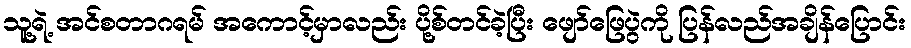
သူ့ရဲ့ အင်စတာဂရမ် အကောင့်မှာလည်း ပို့စ်တင်ခဲ့ပြီး ဖျော်ဖြေပွဲကို ပြန်လည်အချိန်ပြောင်း